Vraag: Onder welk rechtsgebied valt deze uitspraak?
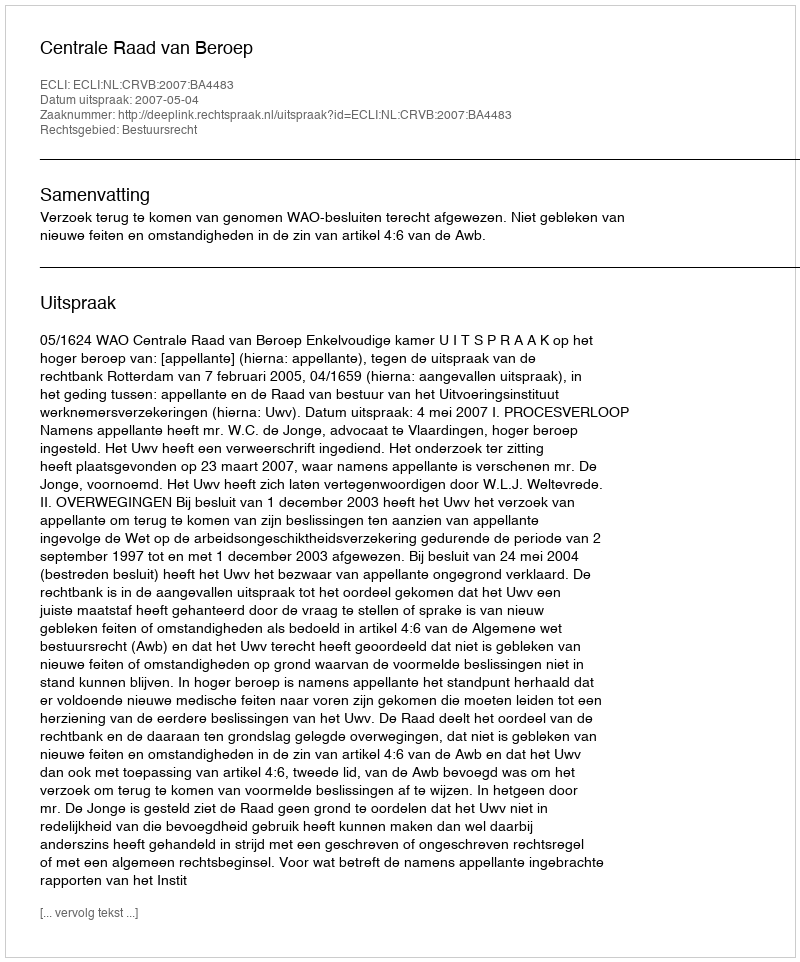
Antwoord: Bestuursrecht